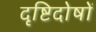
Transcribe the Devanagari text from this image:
दृष्टिदोषों